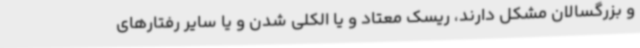
و بزرگسالان مشکل دارند، ریسک معتاد و یا الکلی شدن و یا سایر رفتارهای